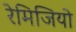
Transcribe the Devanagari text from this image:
रेमिजियो